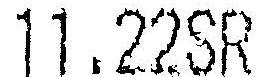
11.22SR